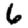
Digit: 6